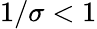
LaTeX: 1/\sigma<1